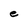
Character: e